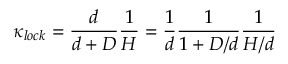
\kappa _ { l o c k } = \frac { d } { d + D } \frac { 1 } { H } = \frac { 1 } { d } \frac { 1 } { 1 + D / d } \frac { 1 } { H / d }